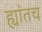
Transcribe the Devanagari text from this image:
ह्यांतच